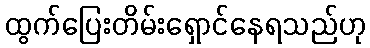
ထွက်ပြေးတိမ်းရှောင်နေရသည်ဟု